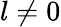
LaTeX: l\neq 0